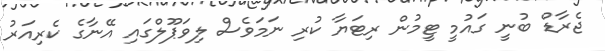
ޖެރާޑް ބުނީ ގައުމީ ޓީމުން ރިޓަޔާ ކުރި ނަމަވެސް ލިވަޕޫލްގައި އޭނާގެ ކެރިއަރު